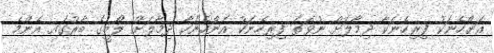
އަންހެނަކު ފިރިހެނަކާ ދިމާލަށް ނުވަތަ ފިރިހެނަކު އަންހެނަކާ ދިމާލަށް ލޯބީގެ ބާރުގައި އެންމެ